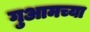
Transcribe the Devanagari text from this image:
गुआमच्या